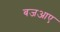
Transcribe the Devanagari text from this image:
बजआए